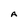
Character: A